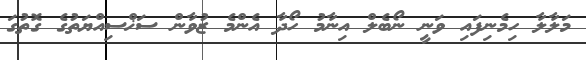
މަލާލާ ހިމެނިފައި ވަނީ ނޯބެލް އިނާމު ހޯދާ އެންމެ ޒުވާން ސަޚްސިއްޔަތުގެ ގޮތުގަ